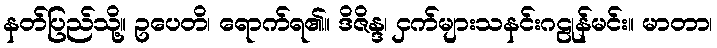
နတ်ပြည်သို့။ ဥပေတိ၊ ရောက်ရ၏။ ဒိဇိန္ဒ၊ ငှက်များသနင်းဂဠုန်မင်း။ မာတာ၊